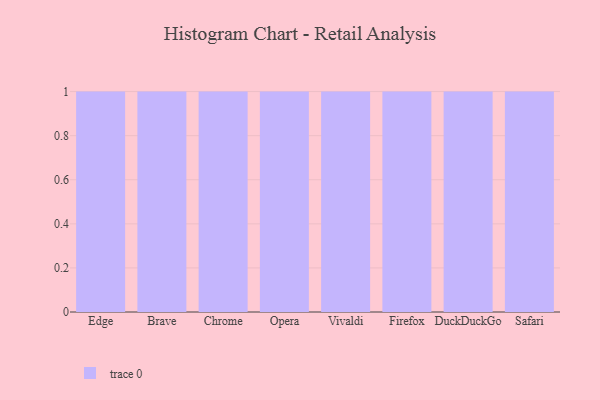
{"axis": {"x": "Browser", "y": "Net Income (USD K)"}, "legend": [""], "data": [{"x": "Edge", "y": 7, "type": ""}, {"x": "Brave", "y": 82, "type": ""}, {"x": "Chrome", "y": 5, "type": ""}, {"x": "Opera", "y": 53, "type": ""}, {"x": "Vivaldi", "y": 17, "type": ""}, {"x": "Firefox", "y": 24, "type": ""}, {"x": "DuckDuckGo", "y": 91, "type": ""}, {"x": "Safari", "y": 46, "type": ""}]}